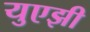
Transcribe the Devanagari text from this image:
युएझी